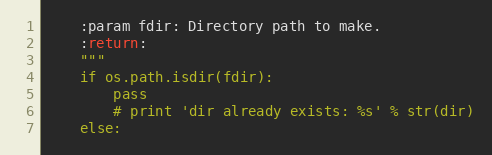
Language: Python
    :param fdir: Directory path to make.
    :return:
    """
    if os.path.isdir(fdir):
        pass
        # print 'dir already exists: %s' % str(dir)
    else: